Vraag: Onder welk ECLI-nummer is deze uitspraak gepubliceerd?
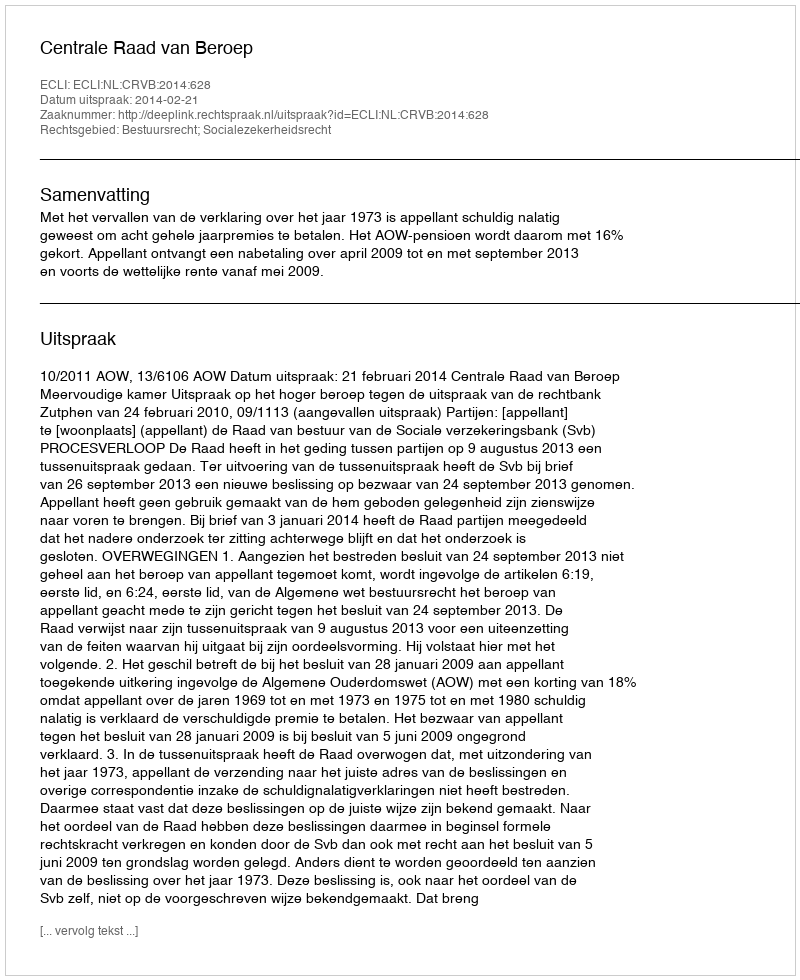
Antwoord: ECLI:NL:CRVB:2014:628